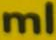
ml